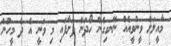
މާއީލަށް ވީނުވީއެއް ނޭނގިގެން ހޯދަން ފަށާފައި މި ވަނީ އެ ދެ މީހުން